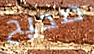
صحيح